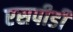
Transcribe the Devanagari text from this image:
एसपीडी